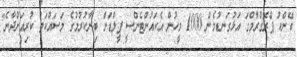
ބޭންކު ޕްރޮގްރާމްގަ އަޅުގަނޑުމެން 1000 މީހުން އެކައުންޓެންސީ ފީލްޑަށް ބިނާކުރުމުގެ މަސައްކަތް ކުރިއަށްދާނެ"